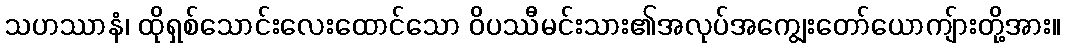
သဟဿာနံ၊ ထိုရှစ်သောင်းလေးထောင်သော ဝိပဿီမင်းသား၏အလုပ်အကျွေးတော်ယောကျ်ားတို့အား။